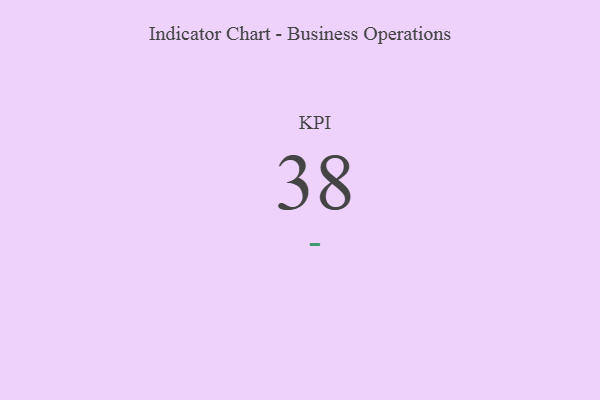
{"axis": {"x": "KPI", "y": "Value"}, "legend": [""], "data": [{"x": "KPI", "y": 38, "type": ""}]}